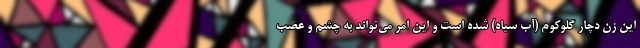
این زن دچار گلوکوم (آب سیاه) شده است و این امر می‌تواند به چشم و عصب